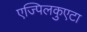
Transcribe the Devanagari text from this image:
एज्पिलकुएटा